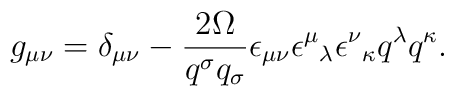
g_{ \mu  \nu }= \delta _{ \mu  \nu }- \frac{2 \Omega  }{q^ \sigma  q_ \sigma  } \epsilon _{ \mu  \nu } \epsilon ^ { \mu}{}_{  \lambda }\epsilon ^{ \nu}{}_{\kappa }q ^ \lambda q ^ \kappa .